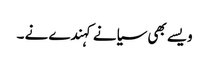
ویسے بھی سیانے کہندے نے ۔